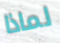
لماذا